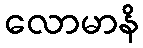
လောမာနိ